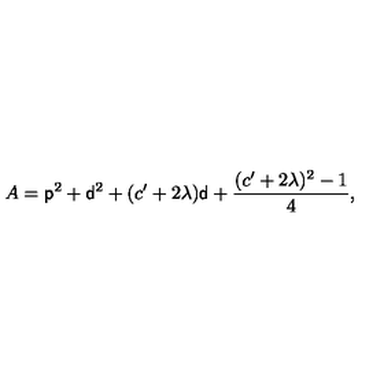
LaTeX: A = { \sf p } ^ { 2 } + { \sf d } ^ { 2 } + ( c ^ { \prime } + 2 \lambda ) { \sf d } + \frac { ( c ^ { \prime } + 2 \lambda ) ^ { 2 } - 1 } { 4 } ,